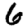
Digit: 6